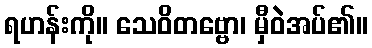
ရဟန်းကို။ သေဝိတဗ္ဗော၊ မှီဝဲအပ်၏။